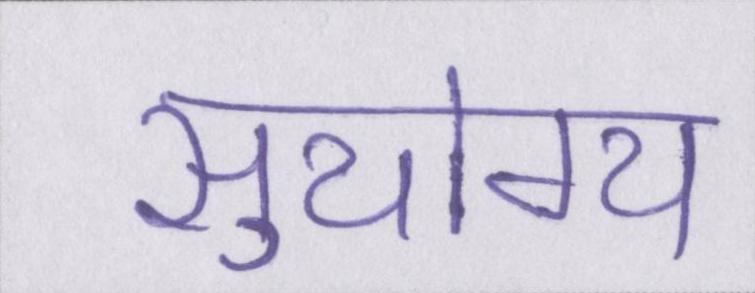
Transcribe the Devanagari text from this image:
सुयोग्य